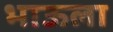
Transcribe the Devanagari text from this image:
भाऊला